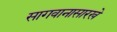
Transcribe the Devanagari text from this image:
सागवानासारखे